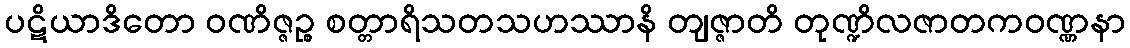
ပဋိယာဒိတော ဝဏိဇ္ဇဉ္စ စတ္တာရိသတသဟဿာနိ တျဇ္ဇာတိ တုဏ္ဍိလဇာတကဝဏ္ဏနာ